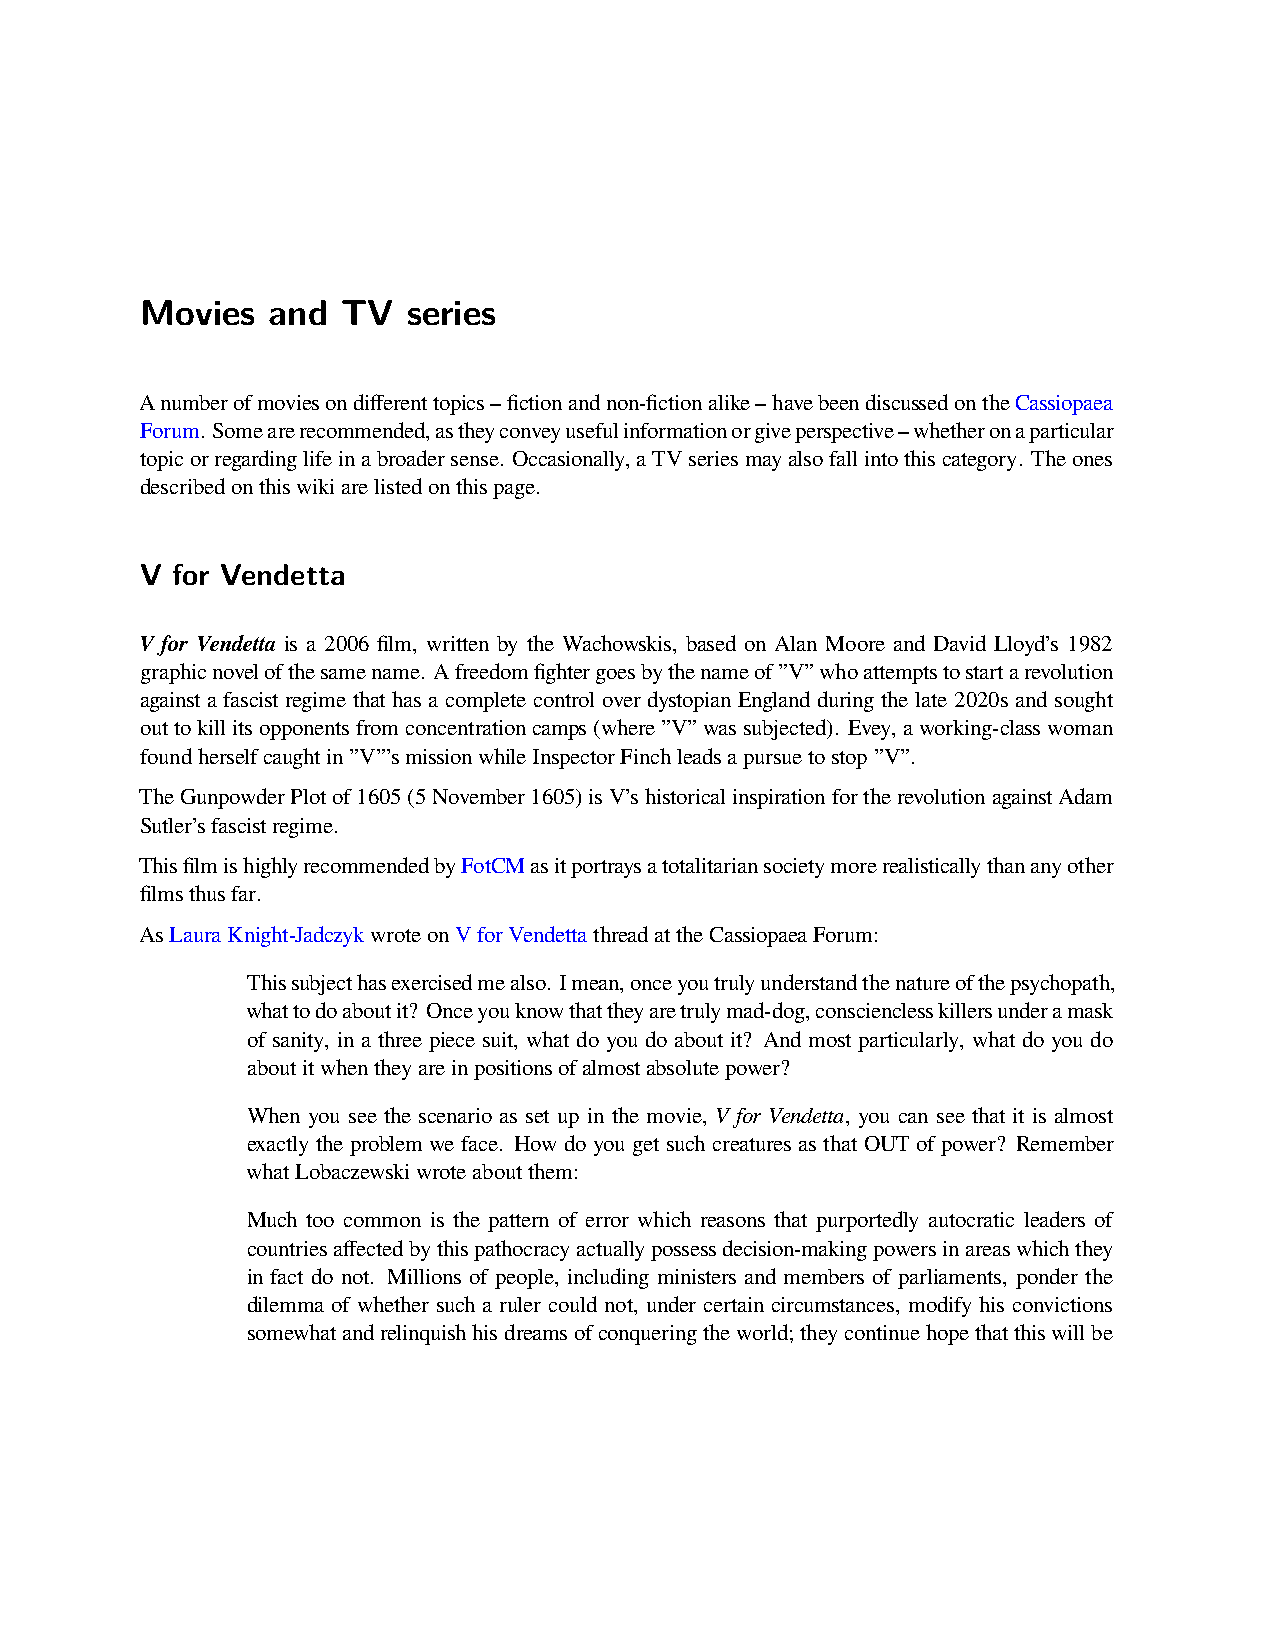
Movies   and  TV  series
 Anumberofmoviesondifferenttopics–fictionandnon-fictionalike–havebeendiscussedontheCassiopaea
 Forum. Somearerecommended,astheyconveyusefulinformationorgiveperspective–whetheronaparticular
 topicorregardinglifeinabroadersense. Occasionally,aTVseriesmayalsofallintothiscategory. Theones
 describedonthiswikiarelistedonthispage.
 V for Vendetta
 V for Vendetta is a 2006 film, written by the Wachowskis, based on Alan Moore and David Lloyd’s 1982
 graphicnovelofthesamename. Afreedomfightergoesbythenameof”V”whoattemptstostartarevolution
 against a fascist regime that has a complete control over dystopian England during the late 2020s and sought
 outtokillitsopponentsfromconcentrationcamps(where”V”wassubjected). Evey,aworking-classwoman
 foundherselfcaughtin”V”’smissionwhileInspectorFinchleadsapursuetostop”V”.
 TheGunpowderPlotof1605(5November1605)isV’shistoricalinspirationfortherevolutionagainstAdam
 Sutler’sfascistregime.
 ThisfilmishighlyrecommendedbyFotCMasitportraysatotalitariansocietymorerealisticallythananyother
 filmsthusfar.
 AsLauraKnight-JadczykwroteonVforVendettathreadattheCassiopaeaForum:
 Thissubjecthasexercisedmealso. Imean,onceyoutrulyunderstandthenatureofthepsychopath,
 whattodoaboutit? Onceyouknowthattheyaretrulymad-dog,conscienclesskillersunderamask
 of sanity, in a three piece suit, what do you do about it? And most particularly, what do you do
 aboutitwhentheyareinpositionsofalmostabsolutepower?
 When you see the scenario as set up in the movie, V for Vendetta, you can see that it is almost
 exactly the problem we face. How do you get such creatures as that OUT of power? Remember
 whatLobaczewskiwroteaboutthem:
 Much too common is the pattern of error which reasons that purportedly autocratic leaders of
 countriesaffectedbythispathocracyactuallypossessdecision-makingpowersinareaswhichthey
 in fact do not. Millions of people, including ministers and members of parliaments, ponder the
 dilemma of whether such a ruler could not, under certain circumstances, modify his convictions
 somewhatandrelinquishhisdreamsofconqueringtheworld;theycontinuehopethatthiswillbe